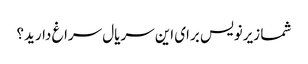
شما زیرنویس برای این سریال سراغ دارید؟